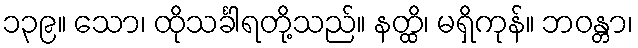
၁၃၉။ သော၊ ထိုသင်္ခါရတို့သည်။ နတ္ထိ၊ မရှိကုန်။ ဘဝန္တာ၊